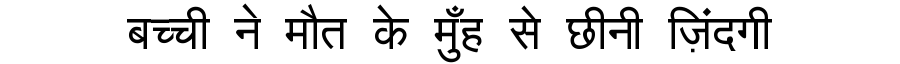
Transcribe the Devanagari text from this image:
बच्ची ने मौत के मुँह से छीनी ज़िंदगी